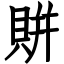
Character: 賆